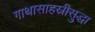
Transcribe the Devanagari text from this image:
गाथासाहस्रीसुद्धा